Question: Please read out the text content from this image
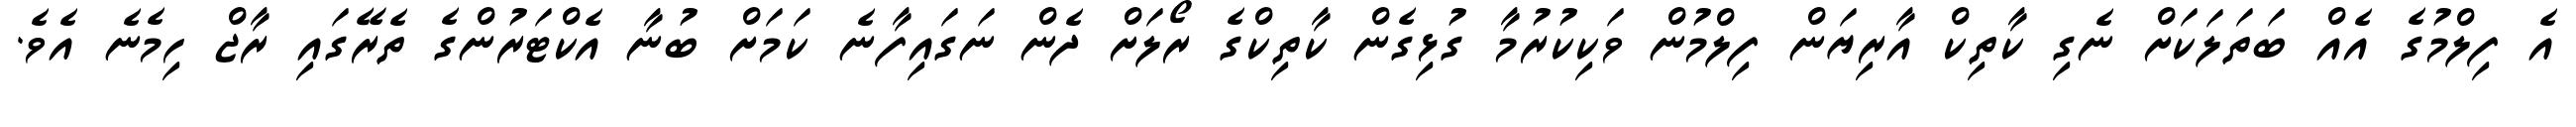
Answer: އެ ފިލްމުގެ އެއް ބަތަލަކަށް ނެގި ކާތިކް އާރިޔަން ފިލްމުން ވަކިކުރުމާ ގުޅިގެން ކާތިކްގެ ރޯލަށް ދެން ނަގައިފާނެ ކަމަށް ބުނާ އެކްޓަރުންގެ ތެރޭގައި ރާޖް ހިމެނެ އެވެ.